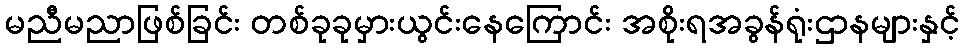
မညီမညာဖြစ်ခြင်း တစ်ခုခုမှားယွင်းနေကြောင်း အစိုးရအခွန်ရုံးဌာနများနှင့်